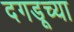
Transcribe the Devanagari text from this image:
दगडूच्या